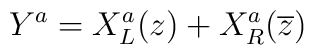
Y^{a}=X^{a}_{L}(z)+X^{a}_{R}(\overline{z})